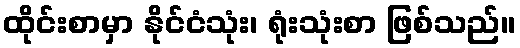
ထိုင်းစာမှာ နိုင်ငံသုံး၊ ရုံးသုံးစာ ဖြစ်သည်။